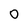
Character: 0